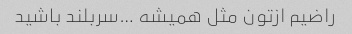
راضیم ازتون مثل همیشه …سربلند باشید